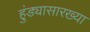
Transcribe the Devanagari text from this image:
हुंड्यासारख्या